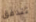
تتدفق